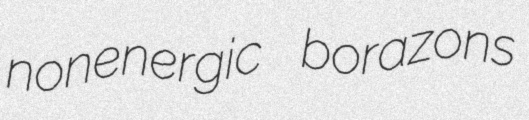
nonenergic borazons